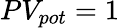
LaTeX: PV_{pot}=1